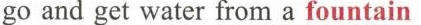
go and get water from a fountain